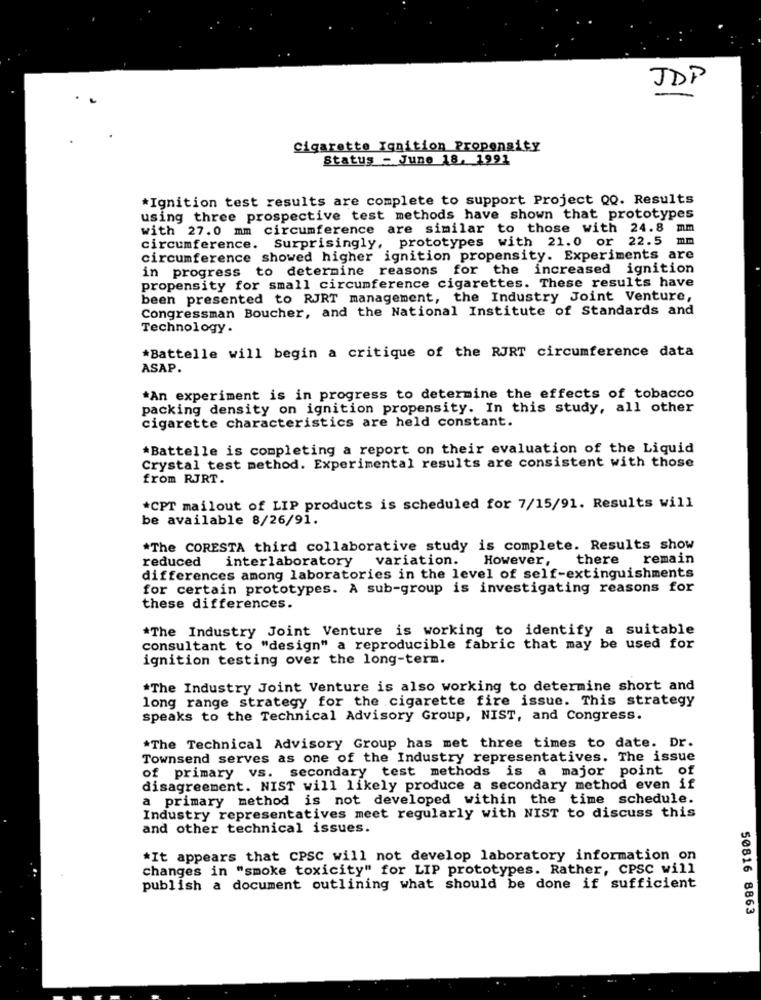
JDP
cigarette Ignition Propensity
Status - June 18, 1991
*Ignition test results are complete to support Project QQ. Results
using three prospective test methods have shown that prototypes
with 27.0 mm circumference are similar to those with 24.8 mm
circumference. Surprisingly, prototypes with 21.0 or 22.5 mm
circumference showed higher ignition propensity. Experiments are
in progress to determine reasons for the increased ignition
propensity for small circumference cigarettes. These results have
been presented to RJRT management, the Industry Joint Venture,
Congressman Boucher, and the National Institute of Standards and
Technology.
*Battelle will begin a critique of the RJRT circumference data
ASAP.
*An experiment is in progress to determine the effects of tobacco
packing density on ignition propensity. In this study, all other
cigarette characteristics are held constant.
*Battelle is completing a report on their evaluation of the Liquid
Crystal test method. Experimental results are consistent with those
from RJRT.
*CPT mailout of LIP products is scheduled for 7/15/91. Results will
be available 8/26/91.
*The CORESTA third collaborative study is complete. Results show
reduced
interlaboratory variation. However,
there remain
differences among laboratories in the level of self-extinguishments
for certain prototypes. A sub-group is investigating reasons for
these differences.
*The Industry Joint Venture is working to identify a suitable
consultant to "design" a reproducible fabric that may be used for
ignition testing over the long-term.
*The Industry Joint Venture is also working to determine short and
long range strategy for the cigarette fire issue. This strategy
speaks to the Technical Advisory Group, NIST, and Congress.
*The Technical Advisory Group has met three times to date. Dr.
Townsend serves as one of the Industry representatives. The issue
of primary vs. secondary test methods is a major point of
disagreement. NIST will likely produce a secondary method even if
a primary method is not developed within the time schedule.
Industry representatives meet regularly with NIST to discuss this
and other technical issues.
*It appears that CPSC will not develop laboratory information on
changes in "smoke toxicity" for LIP prototypes. Rather, CPSC will
publish a document outlining what should be done if sufficient
50816 8863